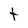
Character: t